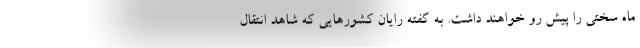
ماه سختی را پیش رو خواهند داشت. به گفته رایان کشورهایی که شاهد انتقال